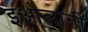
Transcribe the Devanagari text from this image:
इओलानी